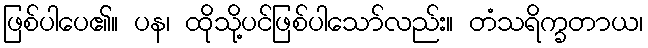
ဖြစ်ပါပေ၏။ ပန၊ ထိုသို့ပင်ဖြစ်ပါသော်လည်း။ တံသရိက္ခတာယ၊